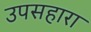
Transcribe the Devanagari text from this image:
उपसहारा